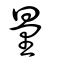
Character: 量